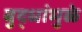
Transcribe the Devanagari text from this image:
बुद्धांमुळे